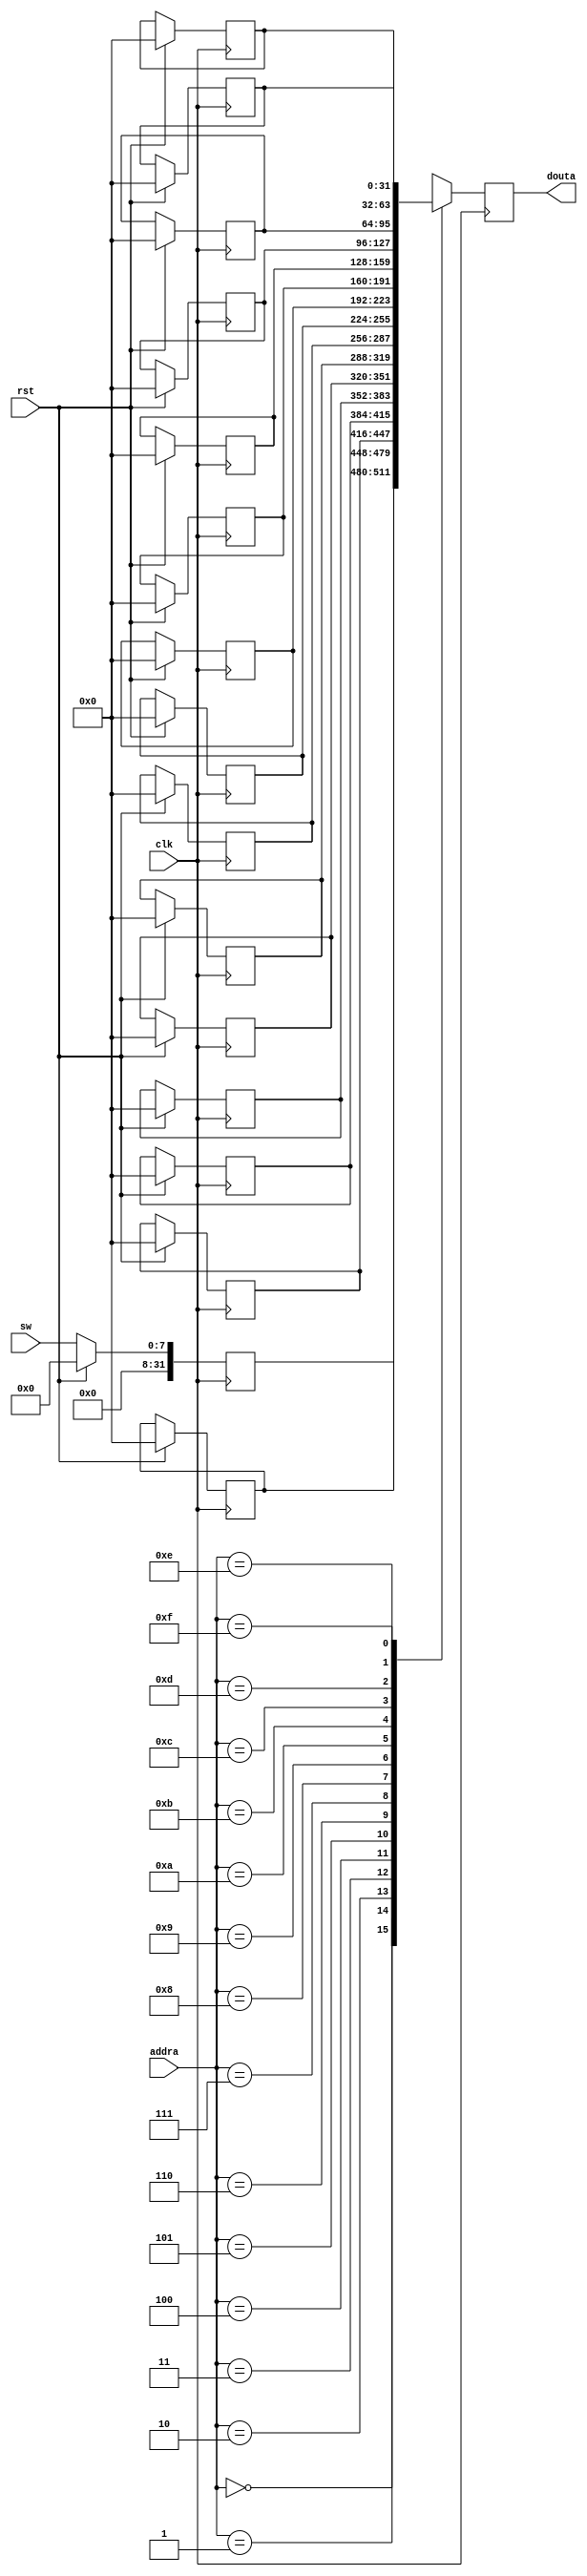
module sw_p(

	input clk,
	input rst,
	input [3:0] addra,
	output reg [31:0] douta,
	input [7:0] sw

	);

	reg [31:0] sw_p_r [0:15];

	always@(posedge clk) begin
	
		douta <= sw_p_r[addra];

		if(rst) begin
			sw_p_r[0] <= 0;
			sw_p_r[1] <= 0;
			sw_p_r[2] <= 0;
			sw_p_r[3] <= 0;
			sw_p_r[4] <= 0;
			sw_p_r[5] <= 0;
			sw_p_r[6] <= 0;
			sw_p_r[7] <= 0;
			sw_p_r[8] <= 0;
			sw_p_r[9] <= 0;
			sw_p_r[10] <= 0;
			sw_p_r[11] <= 0;
			sw_p_r[12] <= 0;
			sw_p_r[13] <= 0;
			sw_p_r[14] <= 0;
			sw_p_r[15] <= 0;
		end
		else begin
			sw_p_r[0] <= sw;
		end

	end

endmodule